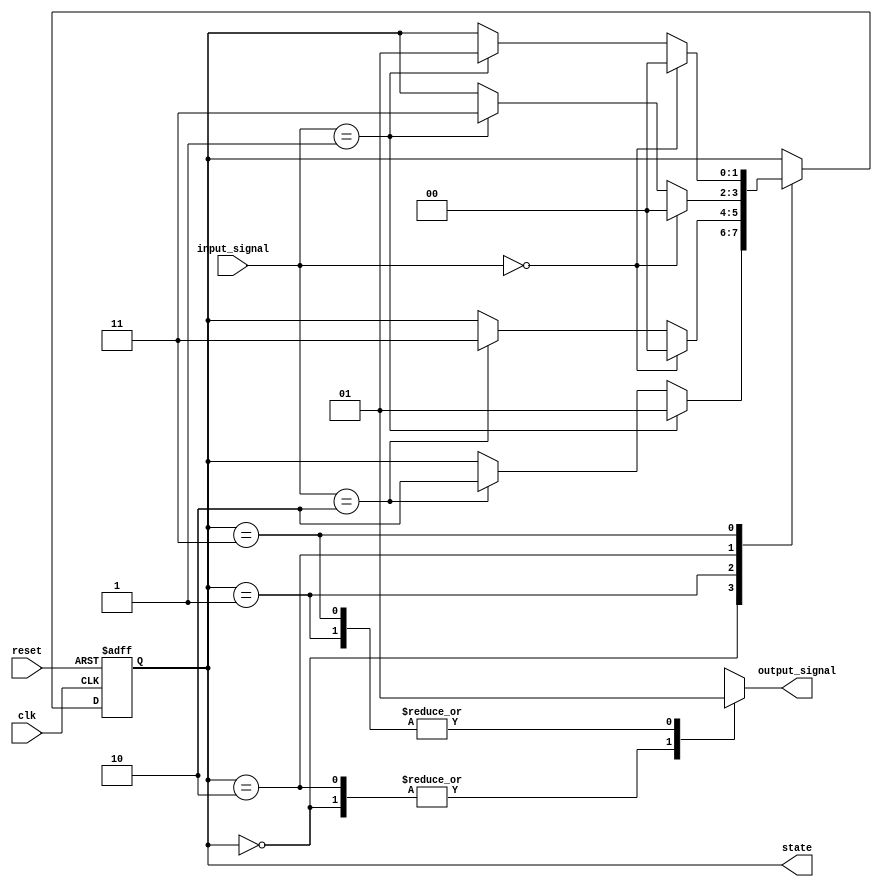
module PreConfiguredStateInitialization (
    input wire clk,          // Clock signal
    input wire reset,        // Reset signal (active high)
    input wire [1:0] input_signal, // Input signals for state transitions
    output reg [1:0] state,  // Current state of the FSM
    output reg output_signal  // Output based on the current state
);

// State encoding
localparam STATE_A = 2'b00; // State A
localparam STATE_B = 2'b01; // State B
localparam STATE_C = 2'b10; // State C
localparam STATE_D = 2'b11; // State D

// Pre-defined initial state
localparam INITIAL_STATE = STATE_A;

// State transition logic
always @(posedge clk or posedge reset) begin
    if (reset) begin
        // Assign the initial state on reset
        state <= INITIAL_STATE;
    end else begin
        // State transition logic based on input signals
        case (state)
            STATE_A: begin
                if (input_signal == 2'b01) begin
                    state <= STATE_B;
                end else if (input_signal == 2'b10) begin
                    state <= STATE_C;
                end
            end
            STATE_B: begin
                if (input_signal == 2'b00) begin
                    state <= STATE_A;
                end else if (input_signal == 2'b10) begin
                    state <= STATE_D;
                end
            end
            STATE_C: begin
                if (input_signal == 2'b00) begin
                    state <= STATE_A;
                end else if (input_signal == 2'b01) begin
                    state <= STATE_D;
                end
            end
            STATE_D: begin
                if (input_signal == 2'b00) begin
                    state <= STATE_A;
                end else if (input_signal == 2'b01) begin
                    state <= STATE_B;
                end
            end
            default: state <= INITIAL_STATE; // Fallback to initial state
        endcase
    end
end

// Output logic based on the current state
always @(*) begin
    case (state)
        STATE_A: output_signal = 1'b0; // Output for State A
        STATE_B: output_signal = 1'b1; // Output for State B
        STATE_C: output_signal = 1'b0; // Output for State C
        STATE_D: output_signal = 1'b1; // Output for State D
        default: output_signal = 1'b0; // Default output
    endcase
end

endmodule